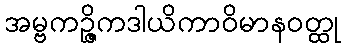
အမ္ဗကဉ္ဇိကဒါယိကာဝိမာနဝတ္ထု